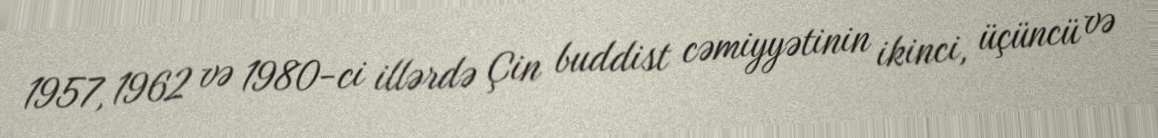
1957, 1962 və 1980-ci illərdə Çin buddist cəmiyyətinin ikinci, üçüncü və